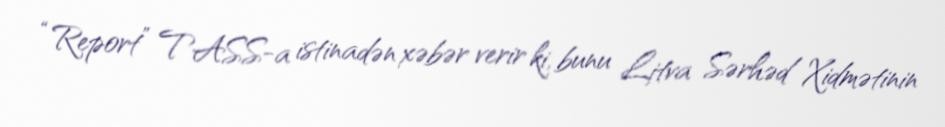
“Report” TASS-a istinadən xəbər verir ki, bunu Litva Sərhəd Xidmətinin